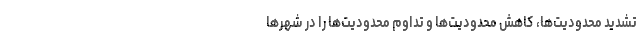
تشدید محدودیت‌ها، کاهش محدودیت‌ها و تداوم محدودیت‌ها را در شهرها